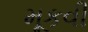
મૂકવી